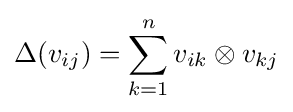
\Delta (v_{ij})=\sum _{k=1}^{n}v_{ik}\otimes v_{kj}